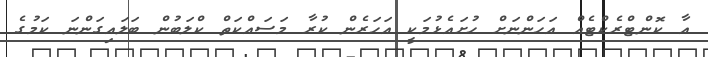
އާ ކޮންޓްރެކްޓެއް އަހަންނަށް ހުށައެޅުމަކީ އަހަރެން ކުރާ މަސައްކަތް ކްލަބުން ބަލައިގަންނަ ކަމުގެ